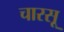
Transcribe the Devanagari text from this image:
चारसू